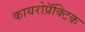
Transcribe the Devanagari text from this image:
कायरोप्रॅक्टिक